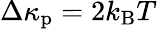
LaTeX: \Delta\kappa_{\mathrm{p}}=2k_{\mathrm{B}}T